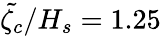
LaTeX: \tilde{\zeta_{c}}/H_{s}=1.25